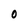
Character: O